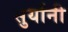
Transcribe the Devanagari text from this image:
सुर्यानी